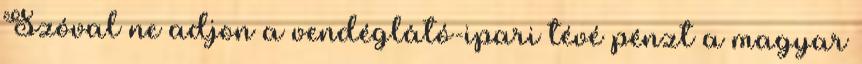
Szóval ne adjon a vendéglátó-ipari tévé pénzt a magyar